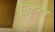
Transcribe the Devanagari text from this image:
बिहूनाम